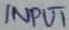
Text: INPUT